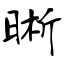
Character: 晰